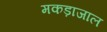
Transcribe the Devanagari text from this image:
मकड़ाजाल